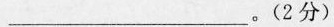
___。(2分)